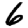
Digit: 6